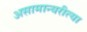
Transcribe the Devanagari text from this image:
असामान्यरीत्या